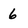
Character: 6